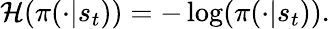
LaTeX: \mathcal{H}(\pi(\cdot|s_{t}))=-\log(\pi(\cdot|s_{t})).